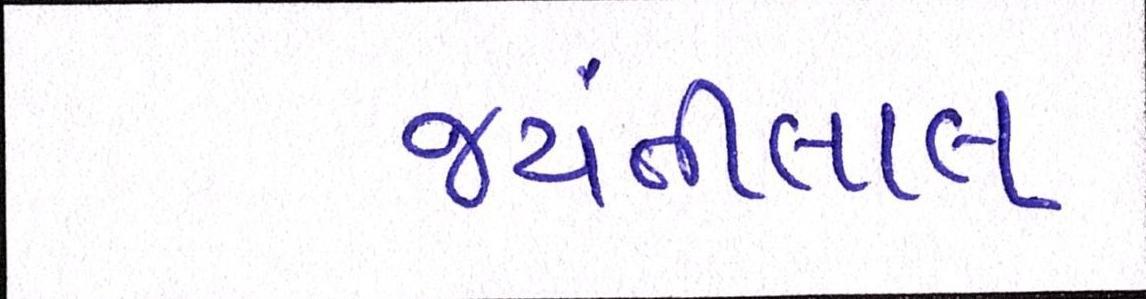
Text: જયંતીલાલ